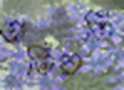
অভিরতি